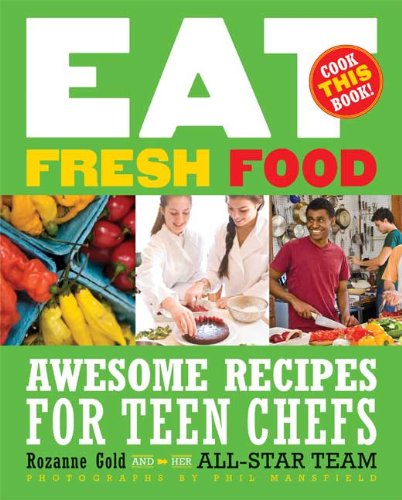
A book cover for Eat Fresh Food: Awesome Recipes for Teen Chefs; Rozanne Gold; Teen & Young Adult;